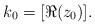
LaTeX: \begin{align*}k_0 = [\Re(z_0)].\end{align*}